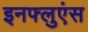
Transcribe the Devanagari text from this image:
इनफ्लुएंस